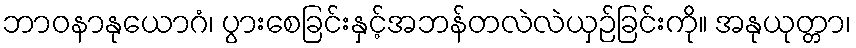
ဘာဝနာနုယောဂံ၊ ပွားစေခြင်းနှင့်အဘန်တလဲလဲယှဉ်ခြင်းကို။ အနုယုတ္တာ၊